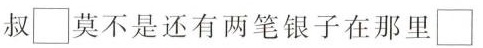
叔\Box 莫不是还有两笔银子在那里\Box